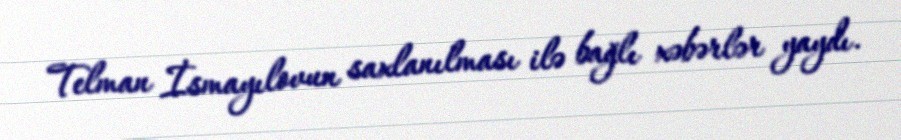
Telman İsmayılovun saxlanılması ilə bağlı xəbərlər yaydı.